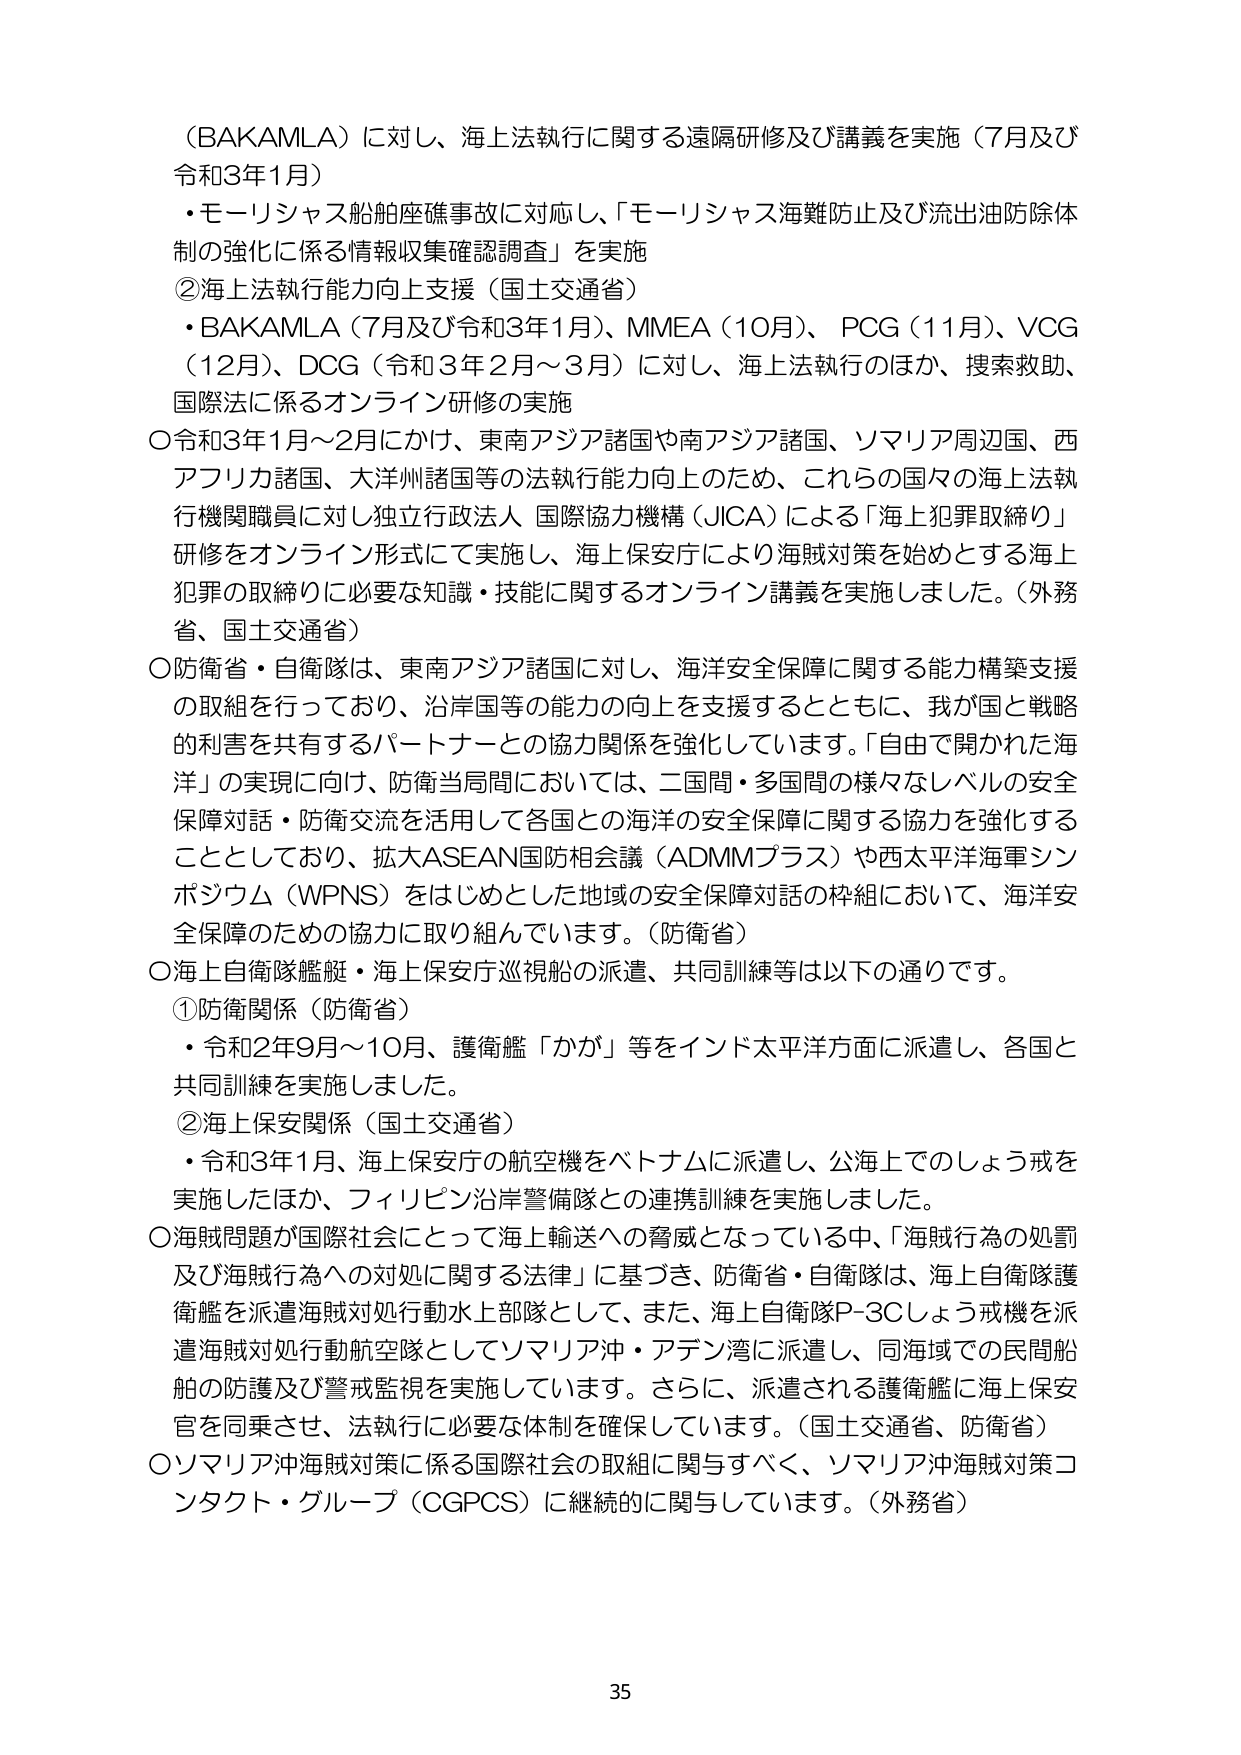
（BAKAMLA）に対し、海上法執行に関する遠隔研修及び講義を実施（7月及び令和3年1月）
・モーリシャス船舶座礁事故に対応し、「モーリシャス海難防止及び流出油防除体制の強化に係る情報収集確認調査」を実施
②海上法執行能力向上支援（国土交通省）
・BAKAMLA（7月及び令和3年1月）、MMEA（10月）、PCG（11月）、VCG（12月）、DCG（令和3年2月～3月）に対し、海上法執行のほか、捜索救助、国際法に係るオンライン研修の実施
〇令和3年1月～2月にかけ、東南アジア諸国や南アジア諸国、ソマリア周辺国、西アフリカ諸国、大洋州諸国等の法執行能力向上のため、これらの国々の海上法執行機関職員に対し独立行政法人 国際協力機構（JICA）による「海上犯罪取締り」研修をオンライン形式にて実施し、海上保安庁により海賊対策を始めとする海上犯罪の取締りに必要な知識・技能に関するオンライン講義を実施しました。（外務省、国土交通省）
〇防衛省・自衛隊は、東南アジア諸国に対し、海洋安全保障に関する能力構築支援の取組を行っており、沿岸国等の能力の向上を支援するとともに、我が国と戦略的利害を共有するパートナーとの協力関係を強化しています。「自由で開かれた海洋」の実現に向け、防衛当局間においては、二国間・多国間の様々なレベルの安全保障対話・防衛交流を活用して各国との海洋の安全保障に関する協力を強化することとしており、拡大ASEAN国防相会議（ADMMプラス）や西太平洋海軍シンポジウム（WPNS）をはじめとした地域の安全保障対話の枠組において、海洋安全保障のための協力に取り組んでいます。（防衛省）
〇海上自衛隊艦艇・海上保安庁巡視船の派遣、共同訓練等は以下の通りです。
①防衛関係（防衛省）
・令和2年9月～10月、護衛艦「かが」等をインド太平洋方面に派遣し、各国と共同訓練を実施しました。
②海上保安関係（国土交通省）
・令和3年1月、海上保安庁の航空機をベトナムに派遣し、公海上でのしょう戒を実施したほか、フィリピン沿岸警備隊との連携訓練を実施しました。
〇海賊問題が国際社会にとって海上輸送への脅威となっている中、「海賊行為の処罰及び海賊行為への対処に関する法律」に基づき、防衛省・自衛隊は、海上自衛隊護衛艦を派遣海賊対処行動水上部隊として、また、海上自衛隊P-3Cしょう戒機を派遣海賊対処行動航空隊としてソマリア沖・アデン湾に派遣し、同海域での民間船舶の防護及び警戒監視を実施しています。さらに、派遣される護衛艦に海上保安官を同乗させ、法執行に必要な体制を確保しています。（国土交通省、防衛省）
〇ソマリア沖海賊対策に係る国際社会の取組に関与すべく、ソマリア沖海賊対策コンタクト・グループ（CGPCS）に継続的に関与しています。（外務省）
35